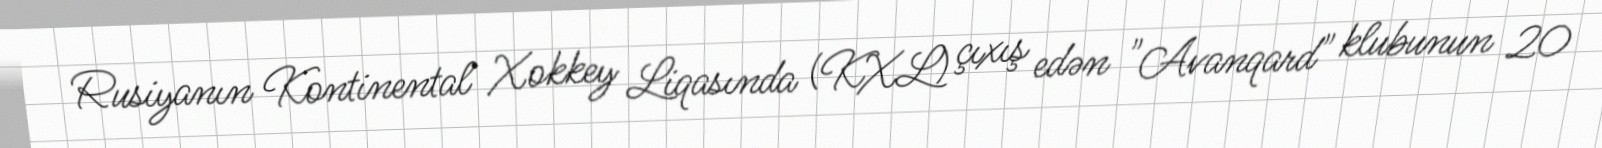
Rusiyanın Kontinental Xokkey Liqasında (KXL) çıxış edən "Avanqard" klubunun 20